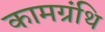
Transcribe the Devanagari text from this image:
कामग्रंथि